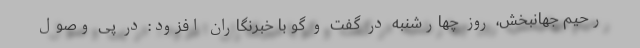
رحیم جهانبخش، روز چهارشنبه در گفت و گو با خبرنگاران افزود: در پی وصول